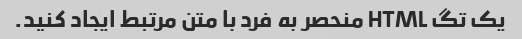
یک تگ HTML منحصر به فرد با متن مرتبط ایجاد کنید.